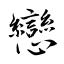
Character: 戀